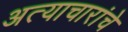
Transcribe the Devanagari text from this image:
अत्याचारांचे